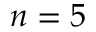
n = 5